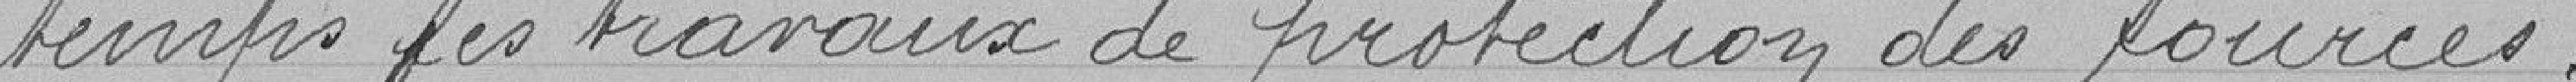
temps des travaux de protection des sources.